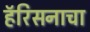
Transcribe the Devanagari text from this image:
हॅरिसनाचा